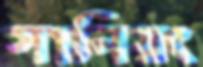
সানিয়ং